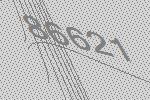
86621